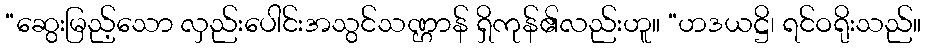
“ဆွေးမြည့်သော လှည်းပေါင်းအသွင်သဏ္ဌာန် ရှိကုန်၏လည်းဟူ။ “ဟဒယဋ္ဌိ၊ ရင်ဝရိုးသည်။